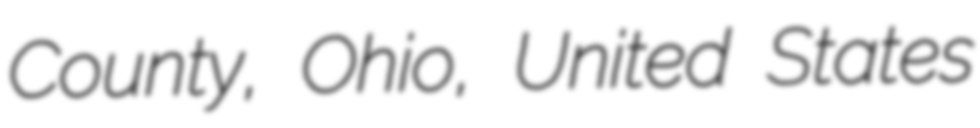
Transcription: County, Ohio, United States